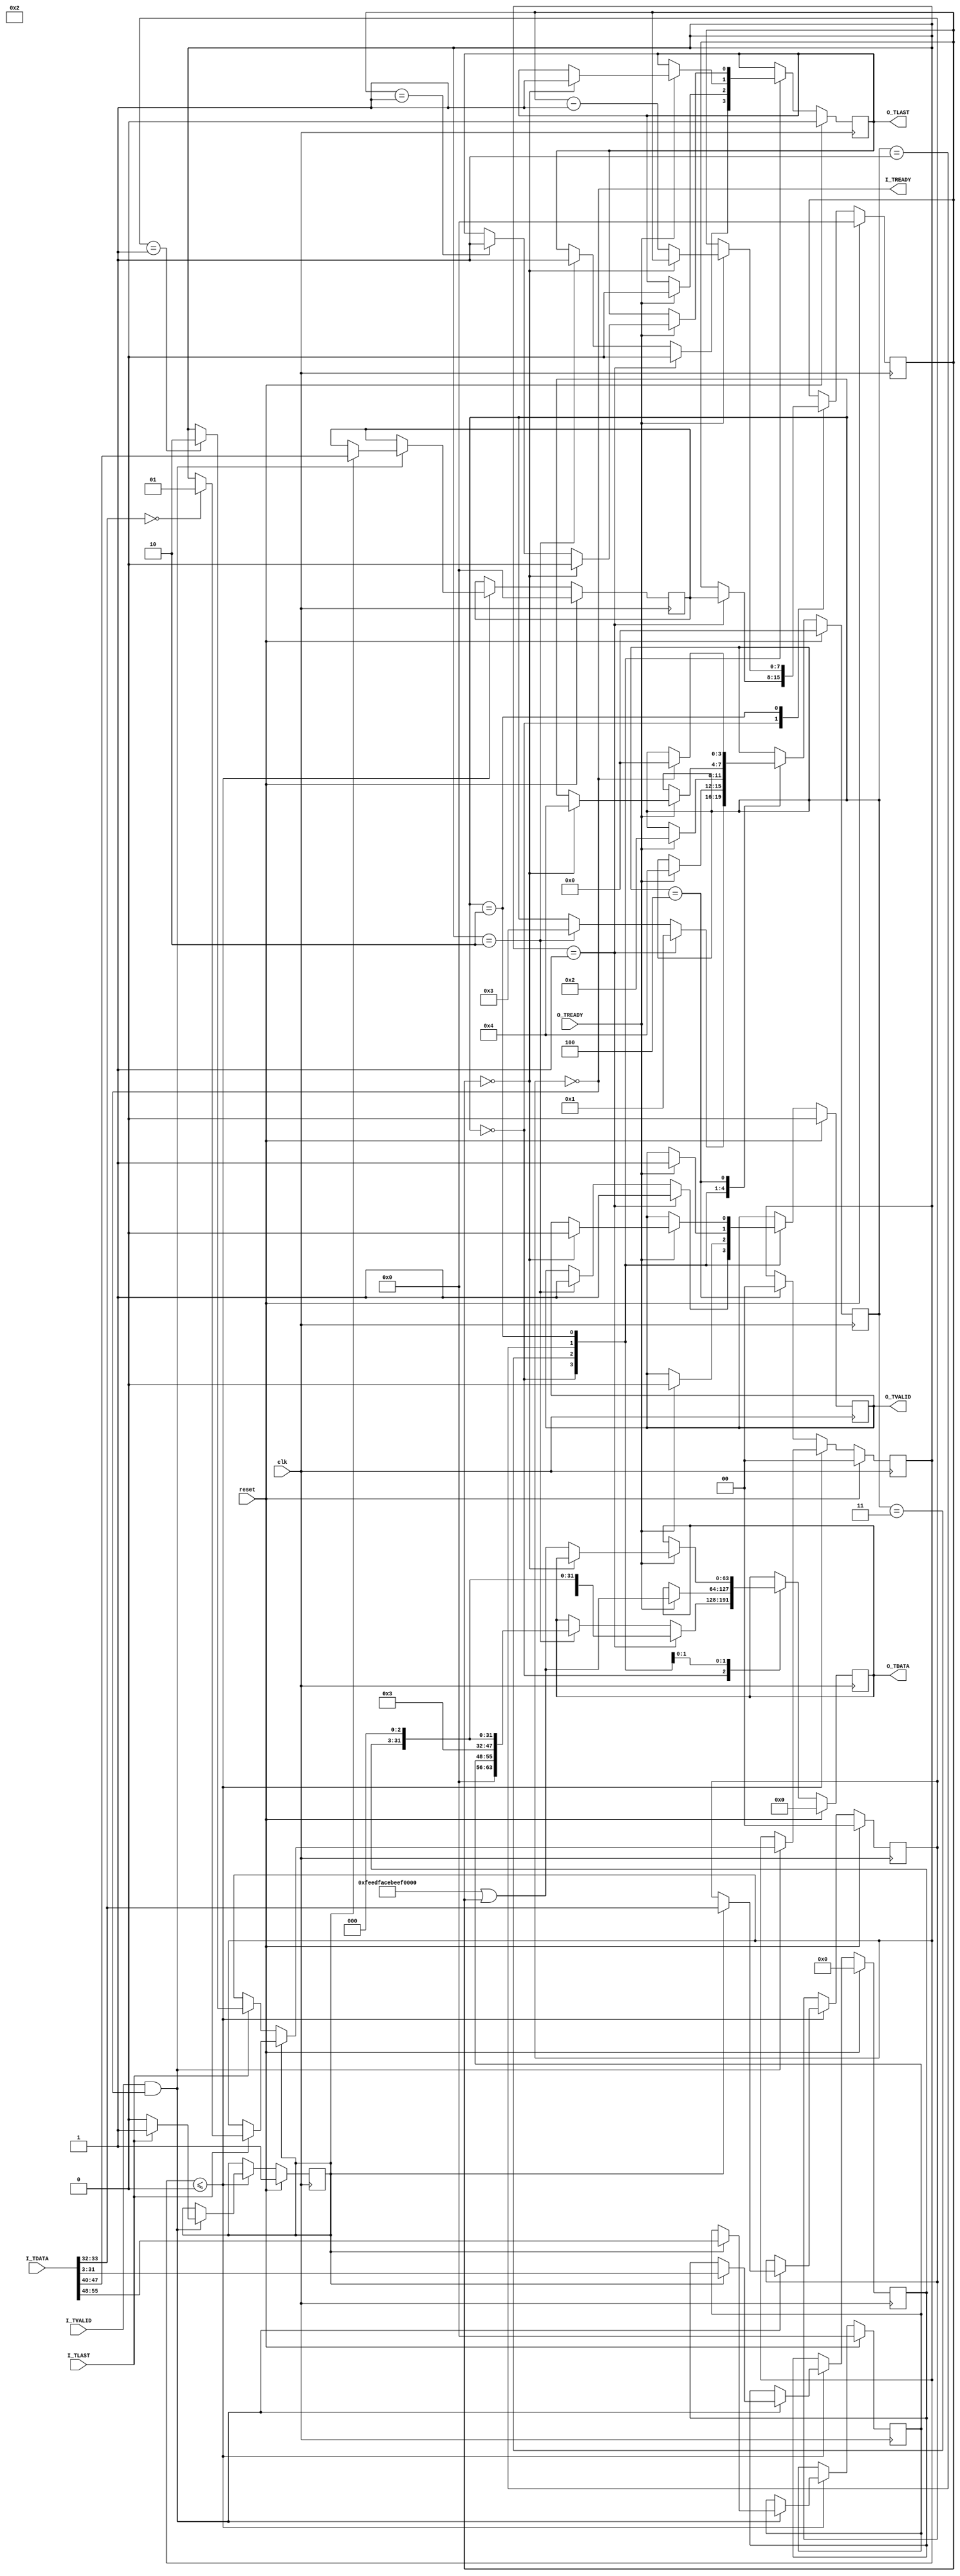
/* Receives requests from an m_pktgen and returns responses
 *
 * Copyright 2017, 2020 Matt Evans
 * SPDX-License-Identifier: Apache-2.0 WITH SHL-2.1
 *
 * Licensed under the Solderpad Hardware License v 2.1 (the License); you may
 * not use this file except in compliance with the License, or, at your option,
 * the Apache License version 2.0. You may obtain a copy of the License at
 *
 *  https://solderpad.org/licenses/SHL-2.1/
 *
 * Unless required by applicable law or agreed to in writing, any work
 * distributed under the License is distributed on an AS IS BASIS, WITHOUT
 * WARRANTIES OR CONDITIONS OF ANY KIND, either express or implied. See the
 * License for the specific language governing permissions and limitations
 * under the License.
 */

module s_responder(input wire        clk,
		   input wire 	     reset,

		   input wire 	     I_TVALID,
		   output wire 	     I_TREADY,
		   input wire [63:0] I_TDATA,
		   input wire 	     I_TLAST,

		   output reg 	     O_TVALID,
		   input wire 	     O_TREADY,
		   output reg [63:0] O_TDATA,
		   output reg 	     O_TLAST
		   );

   parameter NAME = "Responder";

   /* Request type */
   reg [1:0] 	     request;
`define REQ_NONE          0
`define REQ_RD            1
`define REQ_WR            2

   reg [3:0] 	     output_state;
`define STATE_IDLE        0
`define STATE_RDATA_HDR   1
`define STATE_RDATA_DATA  2
`define STATE_WRACK_HDR   3
`define STATE_DONE        4

   reg [7:0] 	     req_srcid;
   reg [7:0] 	     req_len;
   reg [1:0] 	     req_type;
   reg [31:3] 	     req_addr;

   reg [8:0] 	     beat_count;
   reg 		     is_header;

   wire [7:0] 	     wr_strobes;
   wire [7:0] 	     src_id;
   wire [7:0] 	     rd_len;
   wire [1:0] 	     pkt_type;
   wire [31:3] 	     address;

   assign {wr_strobes, src_id, rd_len} = I_TDATA[63:40];
   assign pkt_type = I_TDATA[33:32];
   assign address = I_TDATA[31:3];

   assign I_TREADY = (request == `REQ_NONE);

   /* Handshake between input and output:
    * When request is REQ_NONE, input is accepted.
    * When input is a valid request, request becomes REQ_RD or REQ_WR.
    * When REQ_RD/REQ_WR and output_state is ST_IDLE, an output request is generated.
    * When output is complete, and request is not REQ_NONE output_state is ST_DONE.
    * When output_state is ST_DONE, request returns to REQ_NONE.
    * When REQ_NONE, and output_state is ST_DONE, it goes to ST_IDLE.
    */

   /* Input request processing */
   always @(posedge clk)
     begin
	if (reset) begin
	   is_header <= 1;
	   beat_count <= 0;

	   req_type <= 0;
	   req_len <= 0;
	   req_srcid <= 0;
	   req_addr <= 0;
	   request <= `REQ_NONE;
	end else begin
	   if (request <= `REQ_NONE) begin
	      if (I_TVALID && I_TREADY) begin
		 if (is_header) begin
		    $display("%s:  Got pkt type %d, addr %x, len %d, src_id %x",
			     NAME, pkt_type, {address, 3'h0}, rd_len, src_id);

		    req_srcid <= src_id; /* To route response */
		    req_len <= rd_len;   /* To generate correct number of response beats */
		    req_type <= pkt_type;
		    req_addr <= address;

		    if (!I_TLAST) begin
		       // There's more than just the header.
		       if (pkt_type != 2'b01) begin // WRITE
			  $display("%s:  *** Multi-beat packet that isn't a WRITE", NAME);
		       end else begin
			  $display("%s:  Header complete; WRITE continues", NAME);
		       end
		       is_header <= 0;
		       beat_count <= 1;
		    end else begin
		       // A read request is set up on receipt of the header (LAST=1)
		       if (/* Current header */ pkt_type == 2'b00) begin
			  $display("%s:  Header complete; READ", NAME);
			 request <= `REQ_RD;
		       end
		    end
		 end else begin // if (is_header)
		    if (I_TLAST) begin
		       is_header <= 1;
		       $display("%s:  Multi-beat request was %d beats long", NAME, beat_count);

		       // Consumed all input beats; set the request type (for a response):
		       if (/* Previous header */ req_type == 2'b01) begin
			 request <= `REQ_WR;
		       end
		    end
		    beat_count <= beat_count + 1;
		 end
	      end // if (I_TVALID && I_TREADY)
	   end else begin // if (request <= `REQ_NONE)
	      if (output_state == `STATE_DONE) begin
		 request <= `REQ_NONE;
	      end
	   end
	end
     end

   wire [63:0] 	     rdata_header;
   wire [63:0] 	     wrack_header;
   assign rdata_header[63:0] = { 8'h00, req_srcid, 8'h00 /* RD len */, 6'h00, 2'b10 /* RDATA */,
				 req_addr, 3'h0};
   assign wrack_header[63:0] = { 8'h00, req_srcid, 8'h00 /* RD len */, 6'h00, 2'b11 /* WRACK */,
				 req_addr, 3'h0};

   reg [7:0] 	     output_counter;

   /* Output response processing */
   always @(posedge clk)
     begin
	if (reset) begin
	   output_state <= `STATE_IDLE;

	   O_TDATA <= 0;
	   O_TLAST <= 0;
	   O_TVALID <= 0;

	   output_counter <= 0;
	end else begin
	   case (output_state)
	     `STATE_IDLE:
	       begin
		  if (request == `REQ_RD) begin
		     O_TDATA <= rdata_header;
		     O_TVALID <= 1;
		     O_TLAST <= 0; /* Read data provides more beats */
		     output_state <= `STATE_RDATA_HDR;
		     $display("%s:   Sending ReadData response of %d beats to %x\n", NAME, req_len+1, req_srcid);
		     output_counter <= req_len;
		  end else if (request == `REQ_WR) begin
		     O_TDATA <= wrack_header;
		     O_TVALID <= 1;
		     O_TLAST <= 1;
		     output_state <= `STATE_WRACK_HDR;
		     $display("%s:   Sending WrAck to %x\n", NAME, req_srcid);
		  end
	       end

	     `STATE_WRACK_HDR:
	       begin
		  if (O_TREADY) begin
		     /* OK, other side got our request, we're done. */
		     O_TVALID <= 0;
		     O_TLAST <= 0;
		     output_state <= `STATE_DONE;
		  end
	       end

	     `STATE_RDATA_HDR:
	       begin
		  if (O_TREADY) begin
		     /* OK, other side got our header, move onto data: */
		     O_TVALID <= 1;
		     O_TDATA <= 64'hfeedfacebeef0000 | output_counter[7:0];
		     output_state <= `STATE_RDATA_DATA;
		     if (output_counter == 8'h00) begin
			O_TLAST <= 1;
		     end
		  end
	       end

	     `STATE_RDATA_DATA:
	       begin
		  if (O_TREADY) begin
		     /* One beat consumed, either prepare another or we're done. */
		     if (output_counter == 8'h00) begin
			O_TVALID <= 0;
			O_TLAST <= 0;
			output_state <= `STATE_DONE;
		     end else begin
			if (output_counter == 8'h01) O_TLAST <= 1;
			O_TDATA <= 64'hfeedfacebeef0000 | output_counter[7:0];
			output_counter <= output_counter - 1;
		     end
		  end
	       end // case: `STATE_WR_DATA

	     `STATE_DONE:
	       begin
		  if (request == `REQ_NONE) begin
		     output_state <= `STATE_IDLE;
		  end
	       end
	   endcase // case (state)

	end
     end

endmodule // m_pktsink